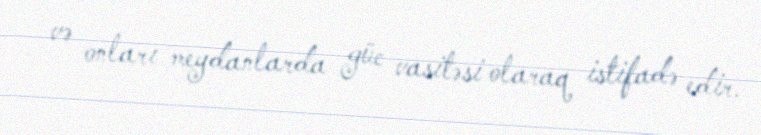
və onları meydanlarda güc vasitəsi olaraq istifadə edir.